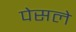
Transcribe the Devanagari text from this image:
पेसले